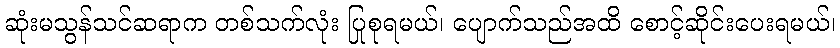
ဆုံးမသွန်သင်ဆရာက တစ်သက်လုံး ပြုစုရမယ်၊ ပျောက်သည်အထိ စောင့်ဆိုင်းပေးရမယ်၊